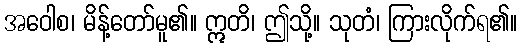
အဝေါစ၊ မိန့်တော်မူ၏။ ဣတိ၊ ဤသို့။ သုတံ၊ ကြားလိုက်ရ၏။